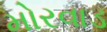
મોરવાડ